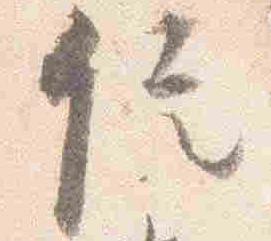
信